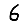
Digit: 6